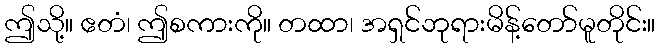
ဤသို့။ ဧတံ၊ ဤစကားကို။ တထာ၊ အရှင်ဘုရားမိန့်တော်မူတိုင်း။